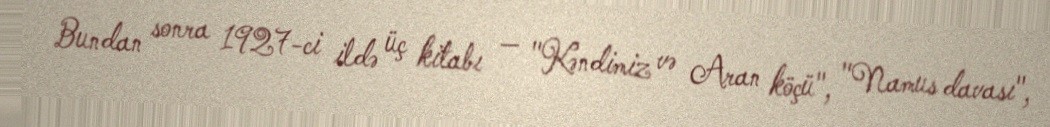
Bundan sonra 1927-ci ildə üç kitabı — "Kəndimiz və Aran köçü", "Namus davası",